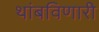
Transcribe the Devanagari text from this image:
थांबविणारी